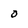
Character: 0